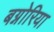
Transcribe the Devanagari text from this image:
बग्नोरिया